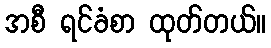
အစီ ရင်ခံစာ ထုတ်တယ်။